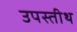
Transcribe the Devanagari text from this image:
उपस्तीथ